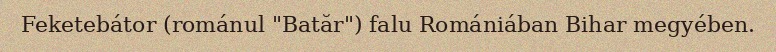
Feketebátor (románul "Batăr") falu Romániában Bihar megyében.